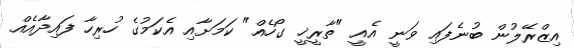
އިޒްރޭލުން ބުނެފައި ވަނީ އެއީ "ތާރީޚީ ގޯހެއް" ކަމަށާއި އެކަމުގެ ހުރިހާ ފައިދާއެއް